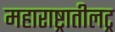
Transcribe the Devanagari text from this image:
महाराष्ट्रातीलट्र